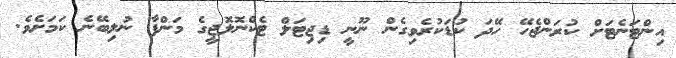
އިންޓަނެޓަށް ކުރަންޖެހޭ ހޭދަ ކުޑަކުރެވިގެން ނޫނީ ޑިޖިޓަލް ޓެކްނޮލޮޖީގެ މަންފާ ނުލިބޭނެ ކަމަށެވެ.